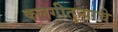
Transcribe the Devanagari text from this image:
कलगीतुर्‍याचे